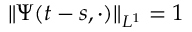
\| \Psi ( t - s , \cdot ) \| _ { L ^ { 1 } } = 1